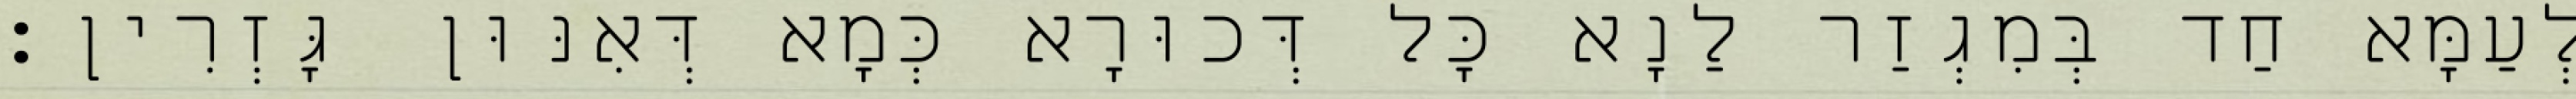
לְעַמָּא חַד בְּמִגְזַר לַנָא כָּל דְּכוּרָא כְּמָא דְּאִנּוּן גָּזְרִין׃